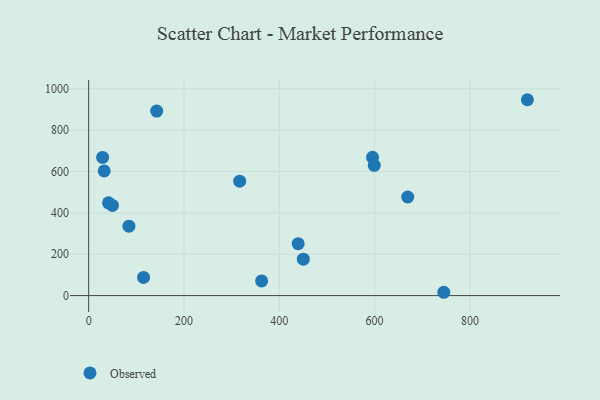
{"axis": {"x": "Experience", "y": "Exam Score"}, "legend": ["Observed"], "data": [{"x": "599.3", "y": 630.2, "type": "Observed"}, {"x": "450.4", "y": 176.2, "type": "Observed"}, {"x": "669.4", "y": 477.0, "type": "Observed"}, {"x": "29.3", "y": 668.5, "type": "Observed"}, {"x": "115.2", "y": 87.8, "type": "Observed"}, {"x": "32.6", "y": 603.3, "type": "Observed"}, {"x": "49.9", "y": 436.3, "type": "Observed"}, {"x": "920.5", "y": 947.6, "type": "Observed"}, {"x": "745.1", "y": 16.1, "type": "Observed"}, {"x": "142.7", "y": 892.5, "type": "Observed"}, {"x": "316.9", "y": 553.4, "type": "Observed"}, {"x": "362.9", "y": 71.0, "type": "Observed"}, {"x": "439.6", "y": 251.3, "type": "Observed"}, {"x": "41.7", "y": 448.8, "type": "Observed"}, {"x": "84.5", "y": 335.8, "type": "Observed"}, {"x": "595.6", "y": 669.1, "type": "Observed"}]}